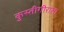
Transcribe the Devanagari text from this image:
कुस्तीगीराला